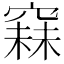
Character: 𥧙